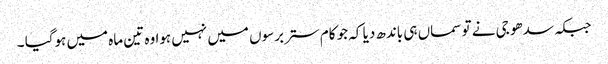
جبکہ سدھو جی نے تو سماں ہی باندھ دیا کہ جو کام ستر برسوں میں نہیں ہوا وہ تین ماہ میں ہوگیا ۔